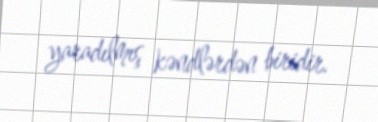
yaradılmış kəndlərdən biridir.